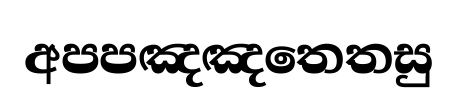
අපපඤඤතෙතසු